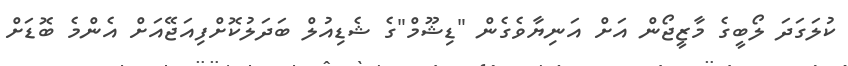
ކުލަގަދަ ލޯބީގެ މާޒީޖޯން އަށް އަނިޔާވެގެން "ޑިޝޫމް"ގެ ޝެޑިއުލް ބަދަލުކޮށްފިއަޖޭއަށް އެންމެ ބޮޑަށް